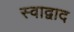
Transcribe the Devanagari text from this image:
स्वाद्वाद